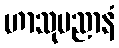
ဟာသုပညာနံ